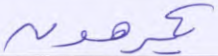
يكرهون